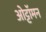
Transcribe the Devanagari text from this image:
ओट्टॉमन